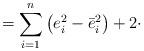
LaTeX: \begin{align*}=\sum\limits_{i=1}^n\left( e_i^2-\bar e_i^2\right) +2\cdot\end{align*}